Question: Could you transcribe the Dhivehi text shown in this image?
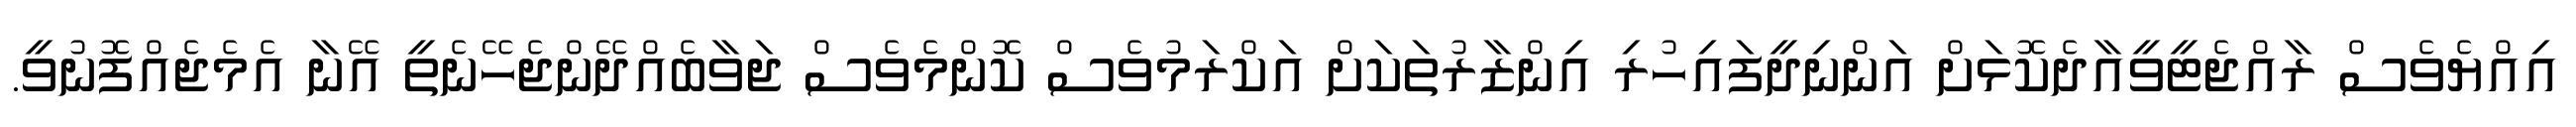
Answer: އިއްޔެވެސް ރާއްޖެޓީވީއާދެކޮޅަށް އަންނިދީފައިހުރި އިންޒާރުތަކަށް އަކްރަމުވެސް ކޮންމެވެސް ޖަވާބެއްދޭންޖެހޭނެތީ އޭނާ އެމެޖެއްފޮނުވީ.